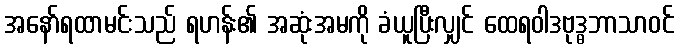
အနော်ရထာမင်းသည် ရဟန်း၏ အဆုံးအမကို ခံယူပြီးလျှင် ထေရဝါဒဗုဒ္ဓဘာသာဝင်